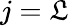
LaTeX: j=\mathfrak{L}